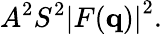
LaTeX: A^{2}S^{2}\left|F(\mathbf{q})\right|^{2}.